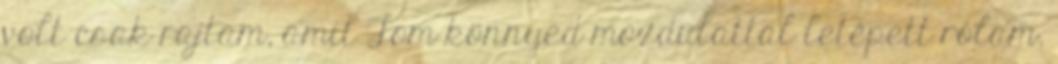
volt csak rajtam, amit Tom könnyed mozdulattal letépett rólam.